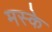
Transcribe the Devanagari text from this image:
मस्के